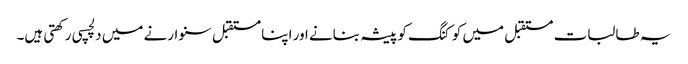
یہ طالبات مستقبل میں کوکنگ کو پیشہ بنانے اور اپنا مستقبل سنوارنے میں دلچسپی رکھتی ہیں۔